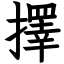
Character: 擇